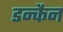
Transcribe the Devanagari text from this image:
डन्कैन